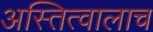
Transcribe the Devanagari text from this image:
अस्तित्वालाच